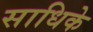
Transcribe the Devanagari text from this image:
साधिके